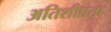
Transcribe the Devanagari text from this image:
अतिशीघ्रता